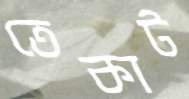
তেকাট